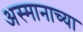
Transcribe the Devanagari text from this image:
अस्मानाच्या